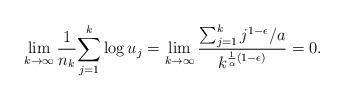
LaTeX: \begin{align*}\lim_{k\to\infty}{1 \over n_k} {\sum_{j=1}^k \log u_j}= \lim_{k\to\infty} {\sum_{j=1}^k j^{1-\epsilon}/a \over k^{{1 \over \alpha}(1-\epsilon) }}=0. \end{align*}